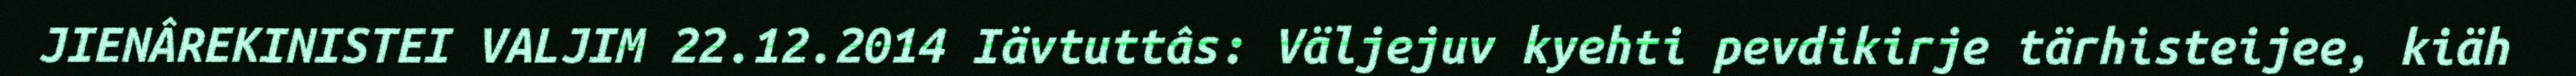
JIENÂREKINISTEI VALJIM 22.12.2014 Iävtuttâs: Väljejuv kyehti pevdikirje tärhisteijee, kiäh